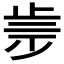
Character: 𣥩